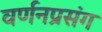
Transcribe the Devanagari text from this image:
वर्णनप्रसंग